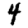
Digit: 4